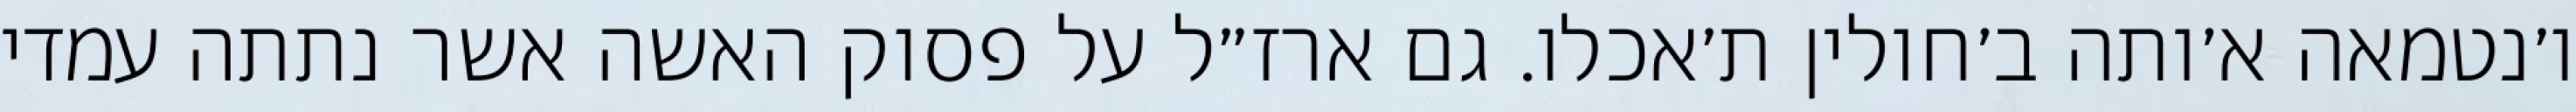
ו׳נטמאה א׳ותה ב׳חולין ת׳אכלו. גם ארז״ל על פסוק האשה אשר נתתה עמדי